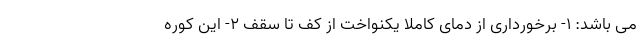
می باشد: 1- برخورداری از دمای کاملاً یکنواخت از کف تا سقف 2- این کوره